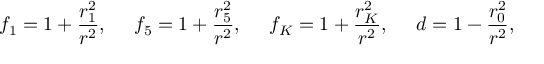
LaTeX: f _ { 1 } = 1 + { \frac { r _ { 1 } ^ { 2 } } { r ^ { 2 } } } , ~ ~ ~ ~ f _ { 5 } = 1 + { \frac { r _ { 5 } ^ { 2 } } { r ^ { 2 } } } , ~ ~ ~ ~ f _ { K } = 1 + { \frac { r _ { K } ^ { 2 } } { r ^ { 2 } } } , ~ ~ ~ ~ d = 1 - { \frac { r _ { 0 } ^ { 2 } } { r ^ { 2 } } } ,